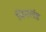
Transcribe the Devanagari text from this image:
विनलंड